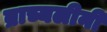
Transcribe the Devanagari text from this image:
ब्राच्यलीनी